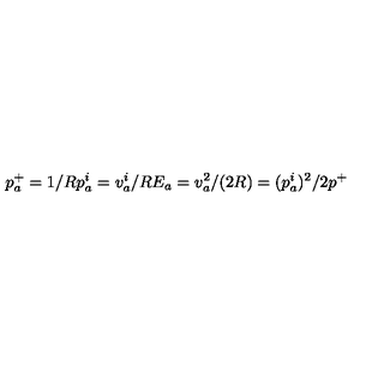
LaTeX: p _ { a } ^ { + } = 1 / R p _ { a } ^ { i } = v _ { a } ^ { i } / R E _ { a } = v _ { a } ^ { 2 } / ( 2 R ) = ( p _ { a } ^ { i } ) ^ { 2 } / 2 p ^ { + }